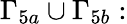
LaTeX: \Gamma_{5a}\cup\Gamma_{5b}: